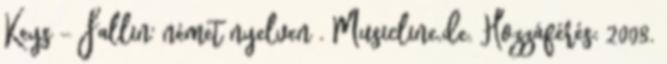
Keys – Fallin' német nyelven . Musicline.de. Hozzáférés: 2008.